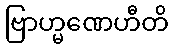
ဗြာဟ္မဏေဟီတိ